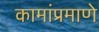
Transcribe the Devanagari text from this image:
कामांप्रमाणे